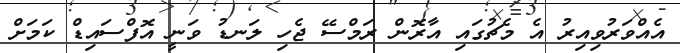
އެއްވަރުވިއިރު އެ މެޗުގައި އާރޮން ރަމްސޭ ޖެހި ލަނޑު ވަނީ އޮފްސައިޑް ކަމަށް